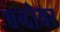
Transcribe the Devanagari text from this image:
एन्दोवर